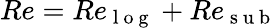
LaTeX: Re=Re_{\mathrm{~l~o~g~}}+Re_{\mathrm{~s~u~b~}}